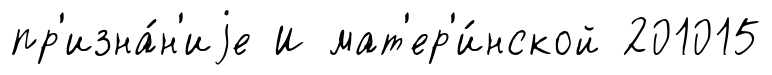
пр'изна́н'иjе И мат'ер'и́нской 201015